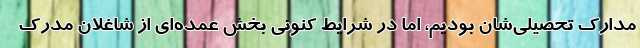
مدارک تحصیلی‌شان بودیم، اما در شرایط کنونی بخش عمده‌ای از شاغلان مدرک